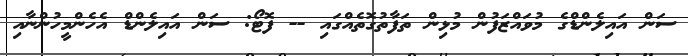
ސަން އައިލެންޑްގެ މުވައްޒަފުން މުޅިން ތަފާތުގޮތެއްގައި -- ފޮޓޯ: ސަން އައިލެންޑް އެހެންމީހުންނާއި